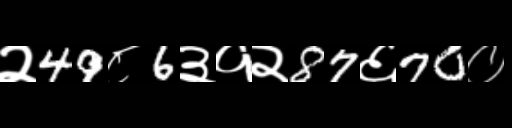
Text: २49८6३१२87६70०